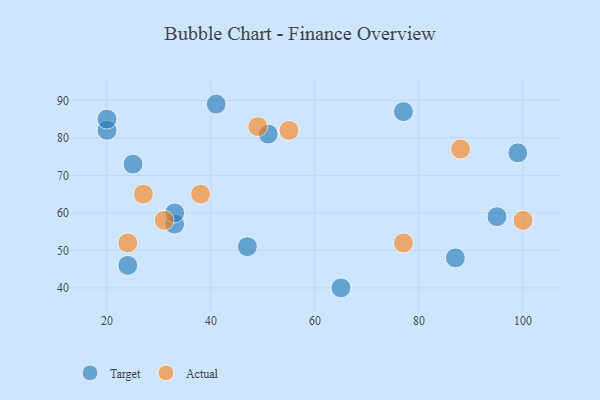
{"axis": {"x": "GDP", "y": "Life Expectancy"}, "legend": ["Actual", "Target"], "data": [{"x": "95", "y": 59, "type": "Target"}, {"x": "41", "y": 89, "type": "Target"}, {"x": "51", "y": 81, "type": "Target"}, {"x": "65", "y": 40, "type": "Target"}, {"x": "77", "y": 87, "type": "Target"}, {"x": "99", "y": 76, "type": "Target"}, {"x": "25", "y": 73, "type": "Target"}, {"x": "20", "y": 82, "type": "Target"}, {"x": "33", "y": 57, "type": "Target"}, {"x": "47", "y": 51, "type": "Target"}, {"x": "87", "y": 48, "type": "Target"}, {"x": "24", "y": 46, "type": "Target"}, {"x": "33", "y": 60, "type": "Target"}, {"x": "20", "y": 85, "type": "Target"}, {"x": "24", "y": 52, "type": "Actual"}, {"x": "31", "y": 58, "type": "Actual"}, {"x": "49", "y": 83, "type": "Actual"}, {"x": "55", "y": 82, "type": "Actual"}, {"x": "88", "y": 77, "type": "Actual"}, {"x": "100", "y": 58, "type": "Actual"}, {"x": "27", "y": 65, "type": "Actual"}, {"x": "38", "y": 65, "type": "Actual"}, {"x": "77", "y": 52, "type": "Actual"}]}